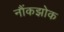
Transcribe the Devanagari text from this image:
नौंकझोक